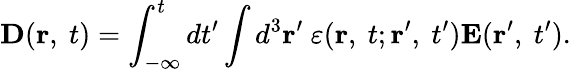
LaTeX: \mathbf{D}(\mathbf{r},\ t)=\int_{-\infty}^{t}dt^{\prime}\int d^{3}\mathbf{r}^{\prime}\ \varepsilon(\mathbf{r},\ t;\mathbf{r}^{\prime},\ t^{\prime})\mathbf{E}(\mathbf{r}^{\prime},\ t^{\prime}).